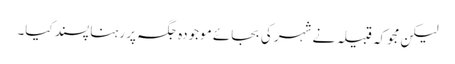
لیکن مجوکہ قبیلہ نے شہر کی بجائے موجودہ جگہ پر رہنا پسند کیا۔